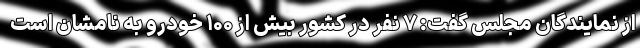
از نمایندگان مجلس گفت: ۷ نفر در کشور بیش از ۱۰۰ خودرو به نامشان است